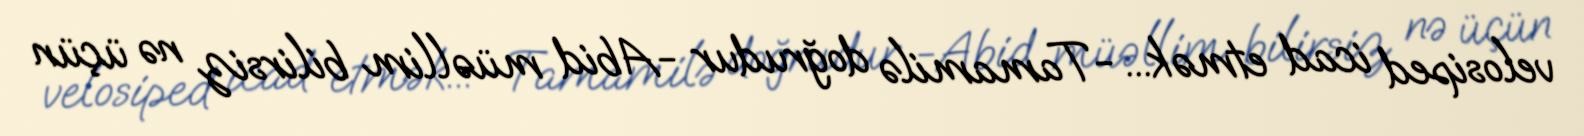
velosiped icad etmək... -Tamamilə doğrudur -Abid müəllim bilirsiz nə üçün